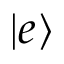
| e \rangle